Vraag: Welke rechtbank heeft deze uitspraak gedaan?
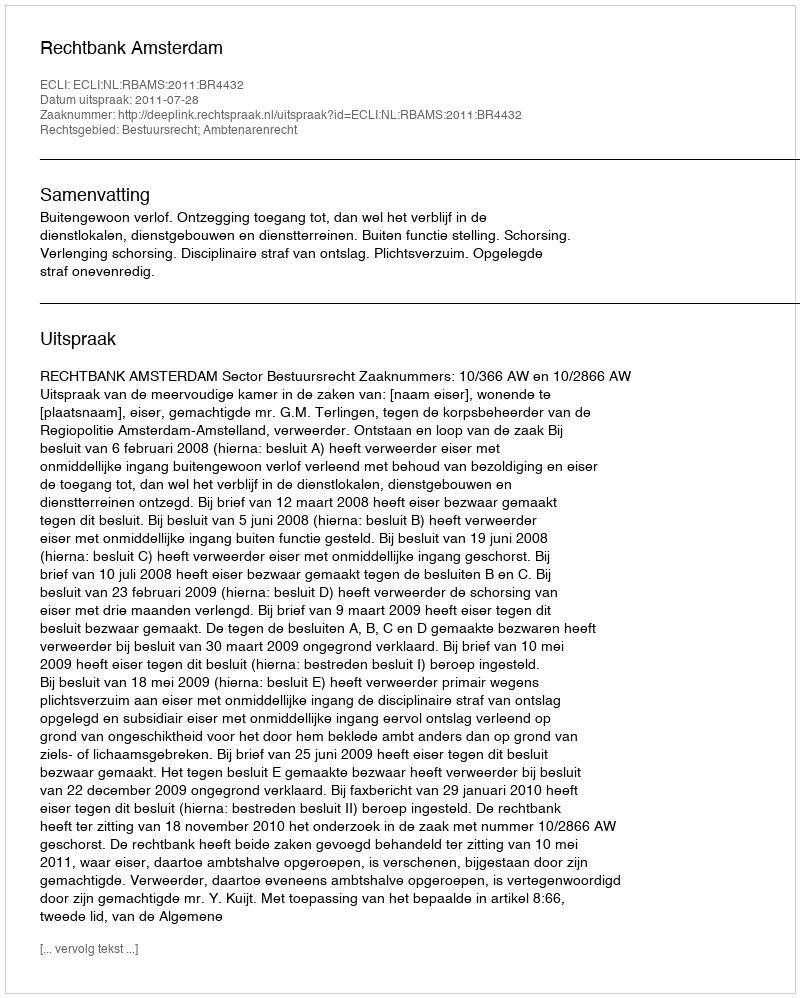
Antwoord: Rechtbank Amsterdam